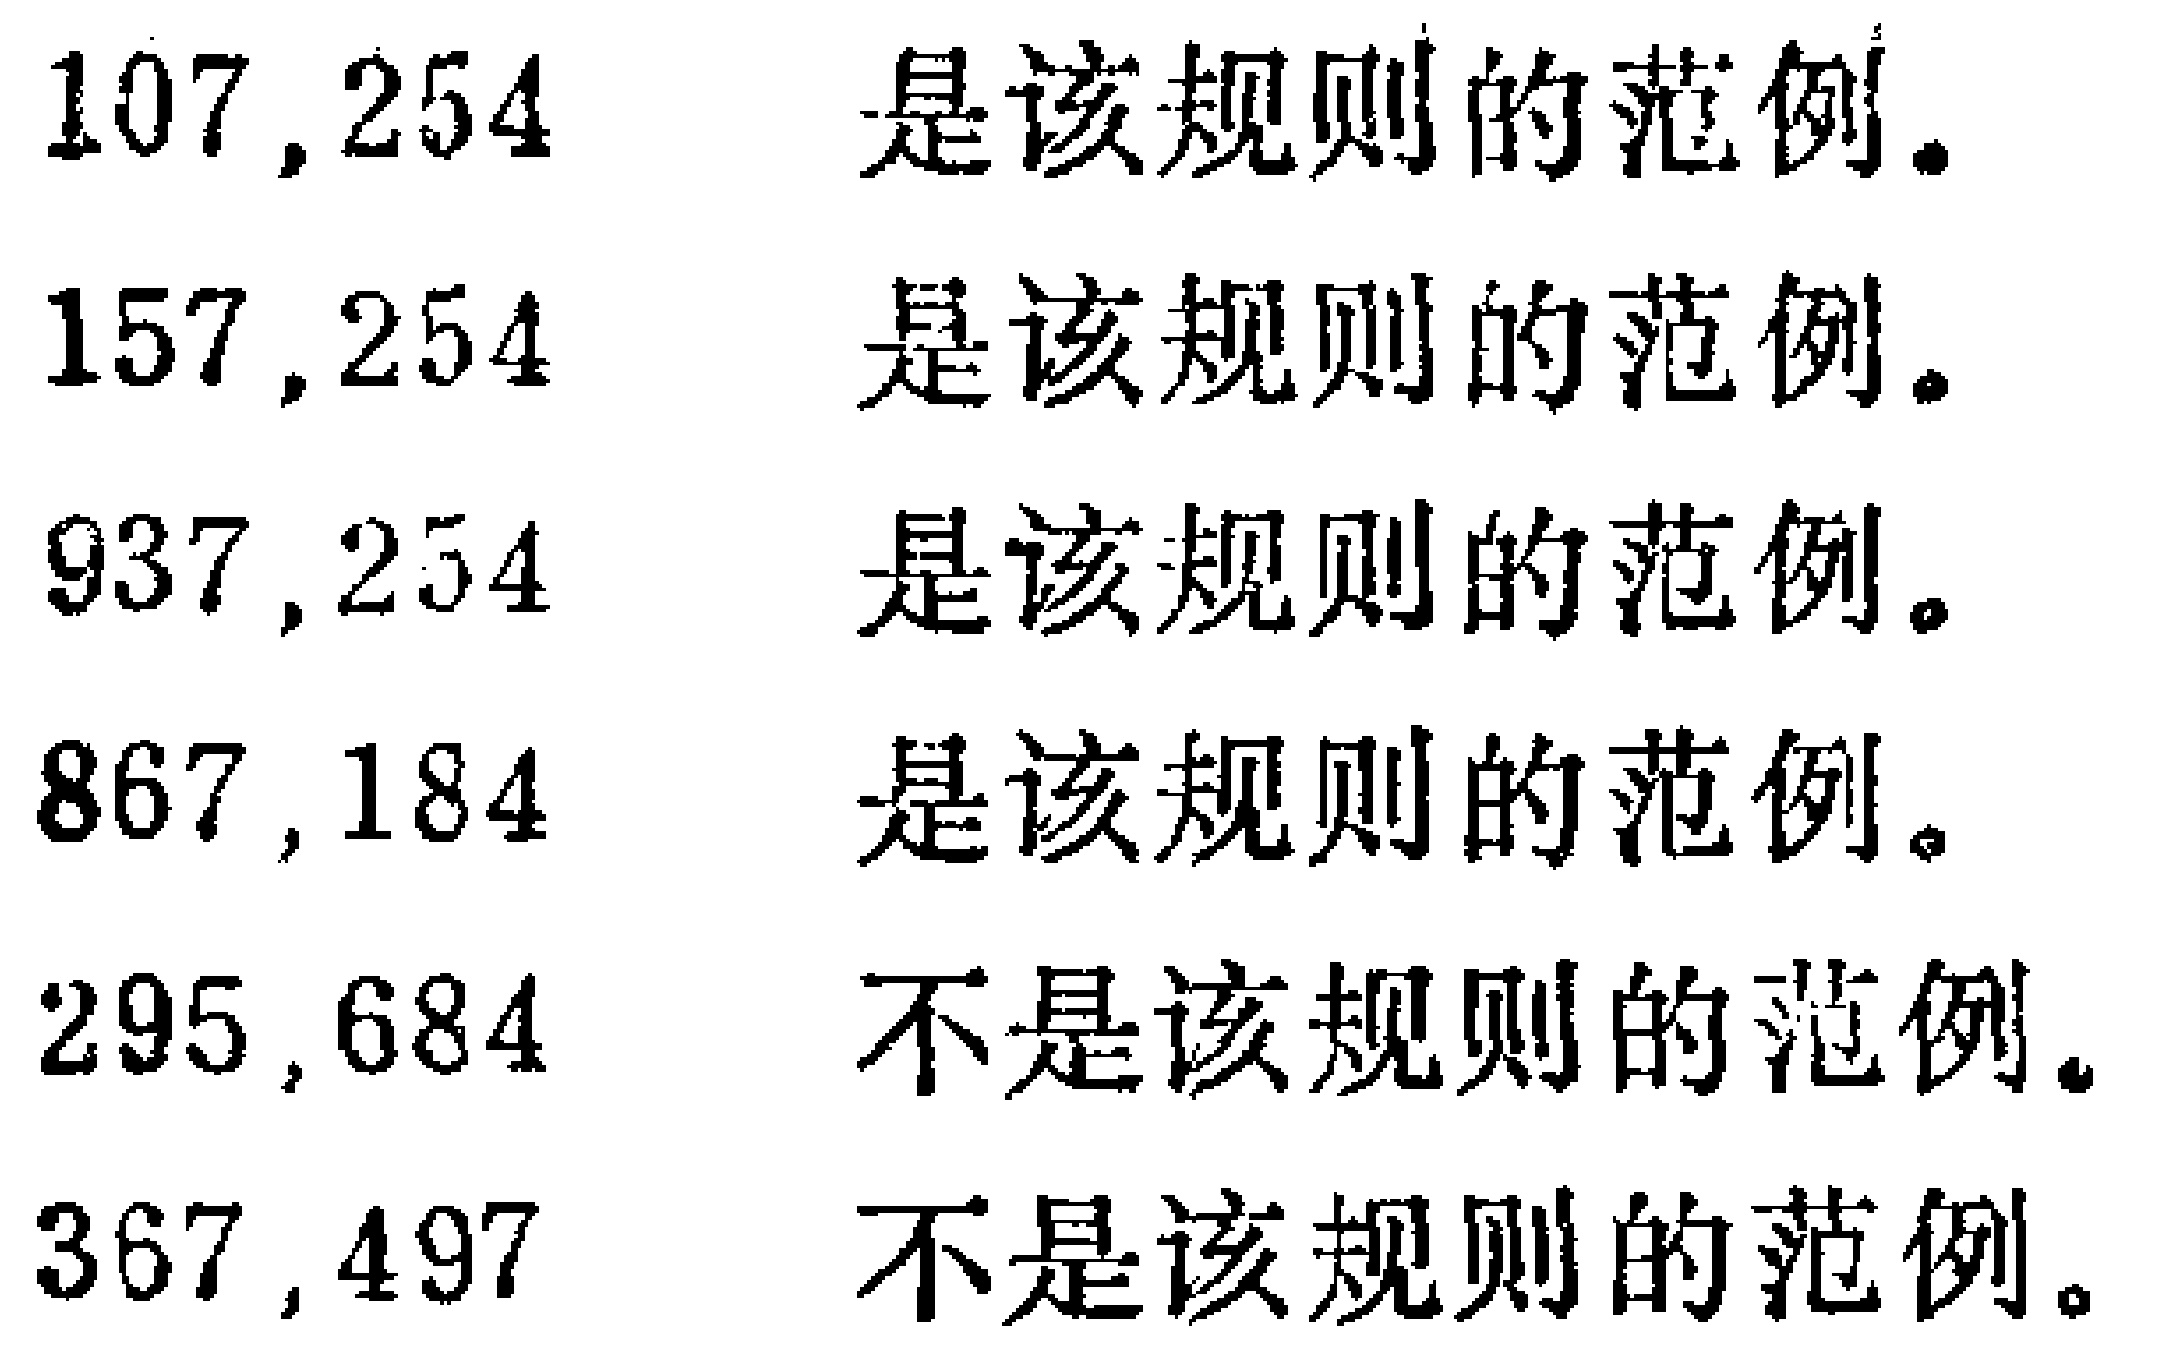
107,254 是该规则的范例。
157,254 是该规则的范例。
937,254 是该规则的范例。
867,184 是该规则的范例。
295,684 不是该规则的范例。
367,497 不是该规则的范例。